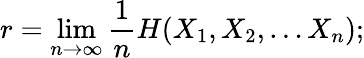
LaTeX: r=\operatorname*{lim}_{n\to\infty}{\frac{1}{n}}H(X_{1},X_{2},\dots X_{n});